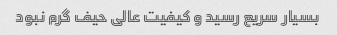
بسیار سریع رسید و کیفیت عالی حیف گرم نبود